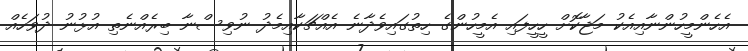
އެހެންމީހުންނާއިއެކު މަޖާކޮށް ހީހީފައި އެމީހުންގެ ހިތުގައިވެދާނެ އެއްޗަކާއިމެދު ނުވިސްނާ ބިރެއްނެތި އުޅުނު ދުވަހެއް